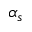
\alpha _ { s }